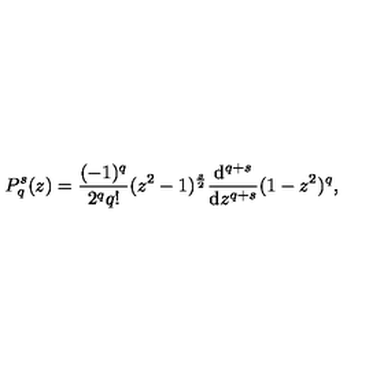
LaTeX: P _ { q } ^ { s } ( z ) = \frac { ( - 1 ) ^ { q } } { 2 ^ { q } q ! } ( z ^ { 2 } - 1 ) ^ { \frac s 2 } \frac { \mathrm { d } ^ { q + s } } { \mathrm { d } z ^ { q + s } } ( 1 - z ^ { 2 } ) ^ { q } ,